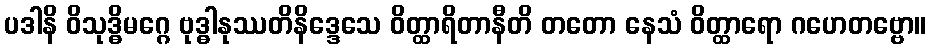
ပဒါနိ ဝိသုဒ္ဓိမဂ္ဂေ ဗုဒ္ဓါနုဿတိနိဒ္ဒေသေ ဝိတ္ထာရိတာနီတိ တတော နေသံ ဝိတ္ထာရော ဂဟေတဗ္ဗော။